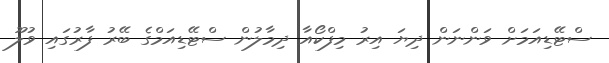
ސްޓޭޑިއަމަށް ވަންނަން ދިޔަ އިރު މިފްކޯއާ ދިމާލުން ސްޓޭޑިއަމްގެ ބޭރު ފާރުގައި ވުލޫ